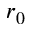
r _ { 0 }